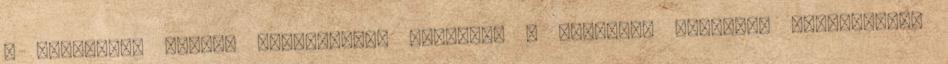
a Campingaz 360-as sorozathoz, valamint a Spotflam főzőkhöz használhat.